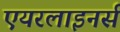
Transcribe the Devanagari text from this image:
एयरलाइनर्स